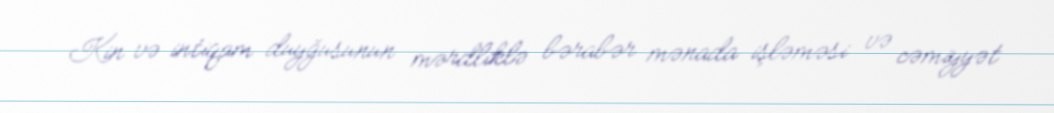
Kin və intiqam duyğusunun mərdliklə bərabər mənada işləməsi və cəmiyyət